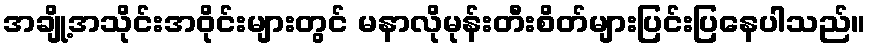
အချို့အသိုင်းအဝိုင်းများတွင် မနာလိုမုန်းတီးစိတ်များပြင်းပြနေပါသည်။